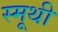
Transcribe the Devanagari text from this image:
स्मूथी